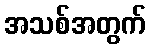
အသစ်အတွက်